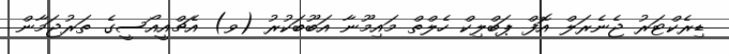
ޑިރެކްޓަރު ޖެނެރަލް އޮފް ޕަބްލިކް ހެލްތް މައިމޫނާ އަބޫބަކުރު (ވ) އެޗްއީއޯސީގެ ތަރުޖަމާން